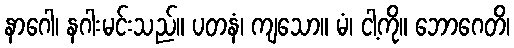
နာဂေါ၊ နဂါးမင်းသည်။ ပတနံ၊ ကျသော။ မံ၊ ငါ့ကို။ ဘောဂေတိ၊